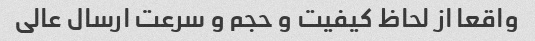
واقعا از لحاظ کیفیت و حجم و سرعت ارسال عالی